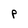
Character: P